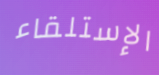
الإستلقاء